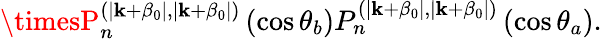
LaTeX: \timesP_{n}^{(\mid\mathbf{k}+\beta_{0}\mid,\mid\mathbf{k}+\beta_{0}\mid)}\left(\cos\theta_{b}\right)P_{n}^{(\mid\mathbf{k}+\beta_{0}\mid,\mid\mathbf{k}+\beta_{0}\mid)}\left(\cos\theta_{a}\right).